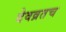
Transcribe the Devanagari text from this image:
देवव्रतच